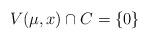
LaTeX: \begin{align*}V(\mu,x) \cap C =\{0\}\quad\end{align*}